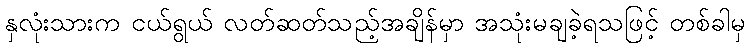
နှလုံးသားက ငယ်ရွယ် လတ်ဆတ်သည့်အချိန်မှာ အသုံးမချခဲ့ရသဖြင့် တစ်ခါမှ